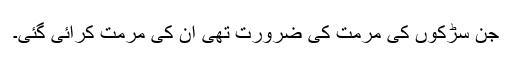
جن سڑکوں کی مرمت کی ضرورت تھی ان کی مرمت کرائی گئی۔